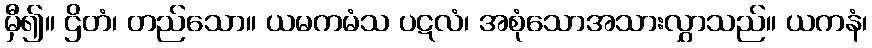
မှီ၍။ ဌိတံ၊ တည်သော။ ယမကမံသ ပဋလံ၊ အစုံသောအသားလွှာသည်။ ယကနံ၊